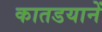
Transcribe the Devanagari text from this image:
कातडयानें